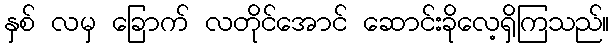
နှစ် လမှ ခြောက် လတိုင်အောင် ဆောင်းခိုလေ့ရှိကြသည်။